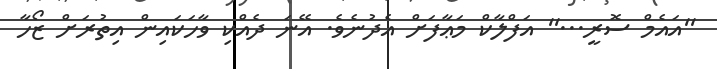
''އައެމް ސޮރީ...'' އަފްލާކް މަޢާފަށް އެދުނެވެ. އޭނަ ދެއްކި ވާހަކައިން އިތުރަށް ޒޯހާ